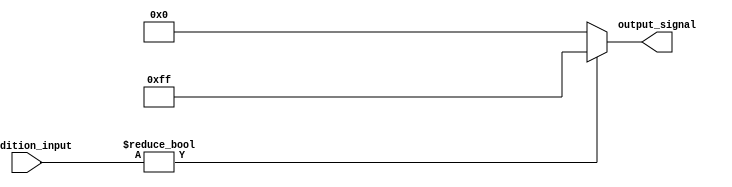
module conditional_operator_assignment (
    input wire [3:0] condition_input, // 4-bit input signal
    output reg [7:0] output_signal     // 8-bit output signal
);

// Behavioral block using the conditional operator
always @(*) begin
    output_signal = (condition_input != 4'b0000) ? 8'hFF : 8'h00; // Assign 0xFF if condition_input is non-zero, else assign 0x00
end

endmodule